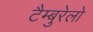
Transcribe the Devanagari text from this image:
टैम्बुरेलो